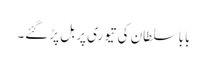
بابا سلطان کی تیوری پر بل پڑ گئے۔